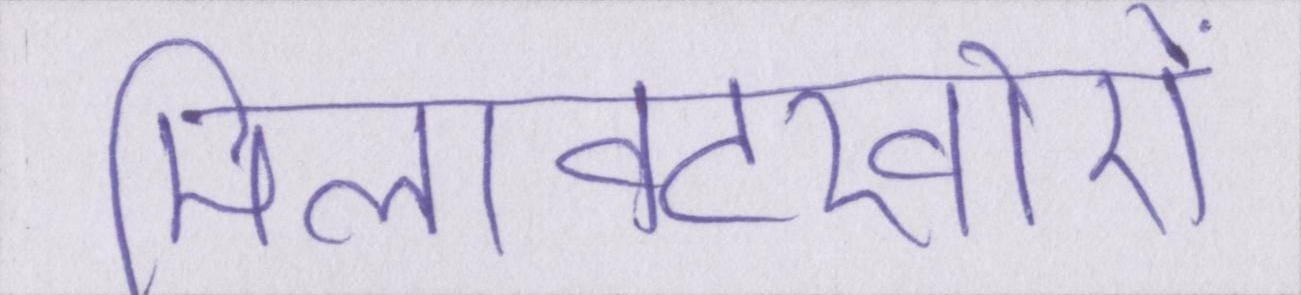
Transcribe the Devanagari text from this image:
मिलावटखोरों